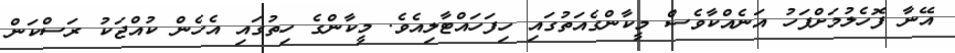
އޭނާ ފޮހެލުމަށްފަހު އަނެއްކާވެސް މީކާންގެއަތުގައި ހިފަހައްޓާލިއެވެ. މީކާންގެ ހިތުގައި އެހެން ކުއްޖަކު ރަސްކަން